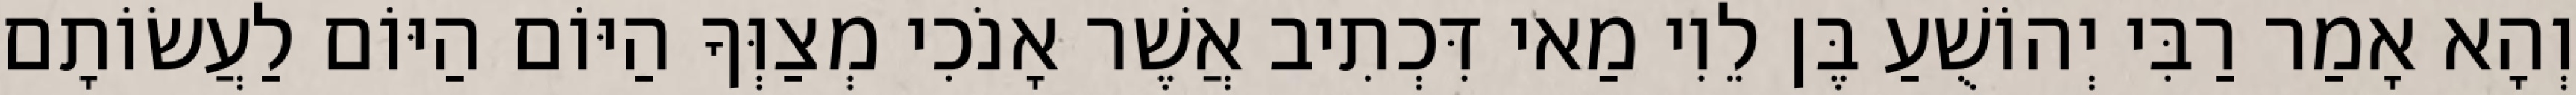
וְהָא אָמַר רַבִּי יְהוֹשֻׁעַ בֶּן לֵוִי מַאי דִּכְתִיב אֲשֶׁר אָנֹכִי מְצַוְּךָ הַיּוֹם הַיּוֹם לַעֲשׂוֹתָם